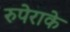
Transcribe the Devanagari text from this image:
रुपेराके